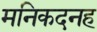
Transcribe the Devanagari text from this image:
मनिकदनह